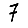
Digit: 7